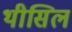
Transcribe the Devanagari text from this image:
थीसिल